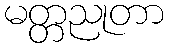
မတ္တညုတာ